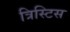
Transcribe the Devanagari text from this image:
त्रिस्टिस